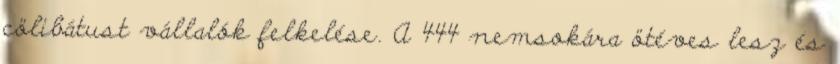
cölibátust vállalók felkelése. A 444 nemsokára ötéves lesz és